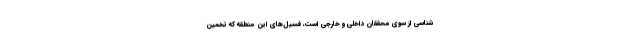
شناسی از سوی محققان داخلی و خارجی است، فسیل‌های این منطقه که تخمین